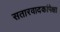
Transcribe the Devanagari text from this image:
सतारवादकांपेक्षा